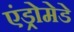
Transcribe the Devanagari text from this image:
एंड्रोमेडे